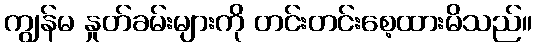
ကျွန်မ နှုတ်ခမ်းများကို တင်းတင်းစေ့ထားမိသည်။